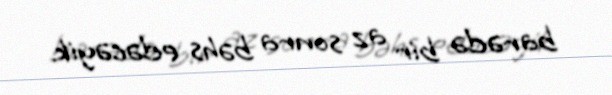
barədə bir az sonra bəhs edəcəyik.